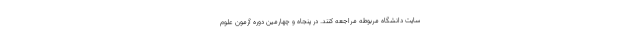
سایت دانشگاه مربوطه مراجعه کنند. در پنجاه و چهارمین دوره آزمون علوم